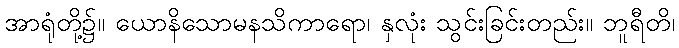
အာရုံတို့၌။ ယောနိသောမနသိကာရော၊ နှလုံး သွင်းခြင်းတည်း။ ဘူရီတိ၊